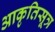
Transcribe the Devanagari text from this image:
आकृतिसूत्र